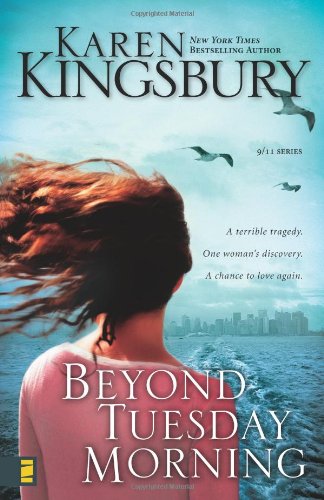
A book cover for Beyond Tuesday Morning (September 11 Series #2); Karen Kingsbury; Romance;